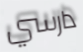
دارسي